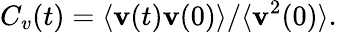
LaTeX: C_{v}(t)=\langle{\mathbf v}(t){\mathbf v}(0)\rangle/\langle{\mathbf v}^{2}(0)\rangle.